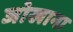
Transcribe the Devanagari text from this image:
जोखाना